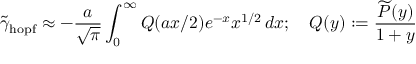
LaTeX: \widetilde \gamma _ { \mathrm { h o p f } } \approx - \frac { a } { \sqrt { \pi } } \int _ { 0 } ^ { \infty } Q ( a x / 2 ) e ^ { - x } x ^ { 1 / 2 } \, d x ; \quad Q ( y ) : = \frac { \widetilde { P } ( y ) } { 1 + y }